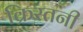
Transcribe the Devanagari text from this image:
क्रिस्तनी